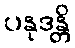
ပနုဒန္တိ